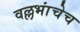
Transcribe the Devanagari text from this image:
वल्लभांचेच